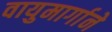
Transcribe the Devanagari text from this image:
वायुमार्गाने